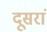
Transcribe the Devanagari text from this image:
दूसरां